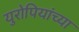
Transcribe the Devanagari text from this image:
युरोपियांच्या